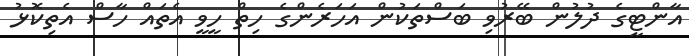
އާންޓީގެ ދުލުން ބޭރުވި ބަސްތަކުން އަހަރެންގެ ހިތް ހީވީ އެތައް ހާސް އެތިކޮޅު